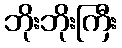
ဘိုးဘိုးကြီး